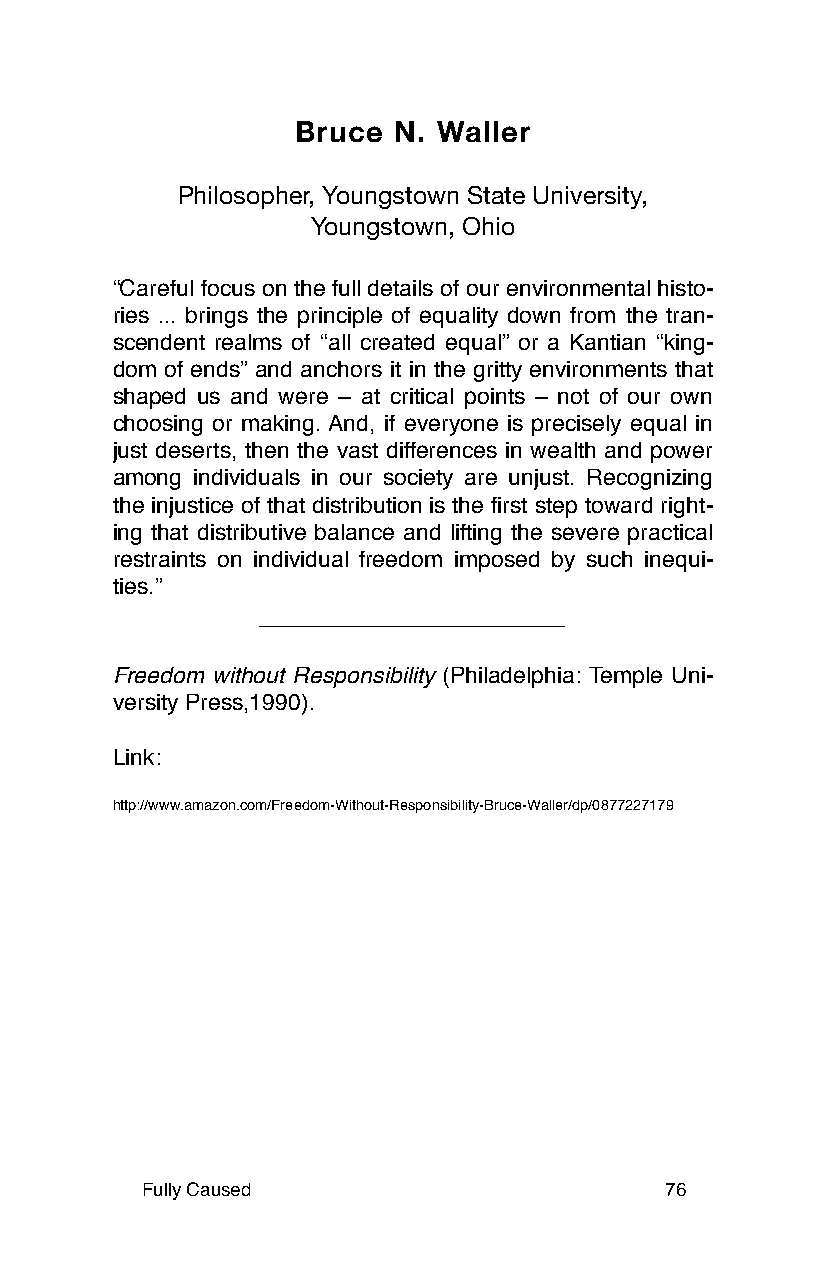
Bruce N. Waller
 Philosopher, Youngstown State University,
 Youngstown, Ohio
 “Careful focus on the full details of our environmental histo-
 ries ... brings the principle of equality down from the tran-
 scendent realms of “all created equal” or a Kantian “king-
 dom of ends” and anchors it in the gritty environments that
 shaped us and were – at critical points – not of our own
 choosing or making. And, if everyone is precisely equal in
 just deserts, then the vast differences in wealth and power
 among individuals in our society are unjust. Recognizing
 the injustice of that distribution is the first step toward right-
 ing that distributive balance and lifting the severe practical
 restraints on individual freedom imposed by such inequi-
 ties.”
 Freedom without Responsibility (Philadelphia: Temple Uni-
 versity Press,1990).
 Link:
 http://www.amazon.com/Freedom-Without-Responsibility-Bruce-Waller/dp/0877227179
 Fully Caused                       76